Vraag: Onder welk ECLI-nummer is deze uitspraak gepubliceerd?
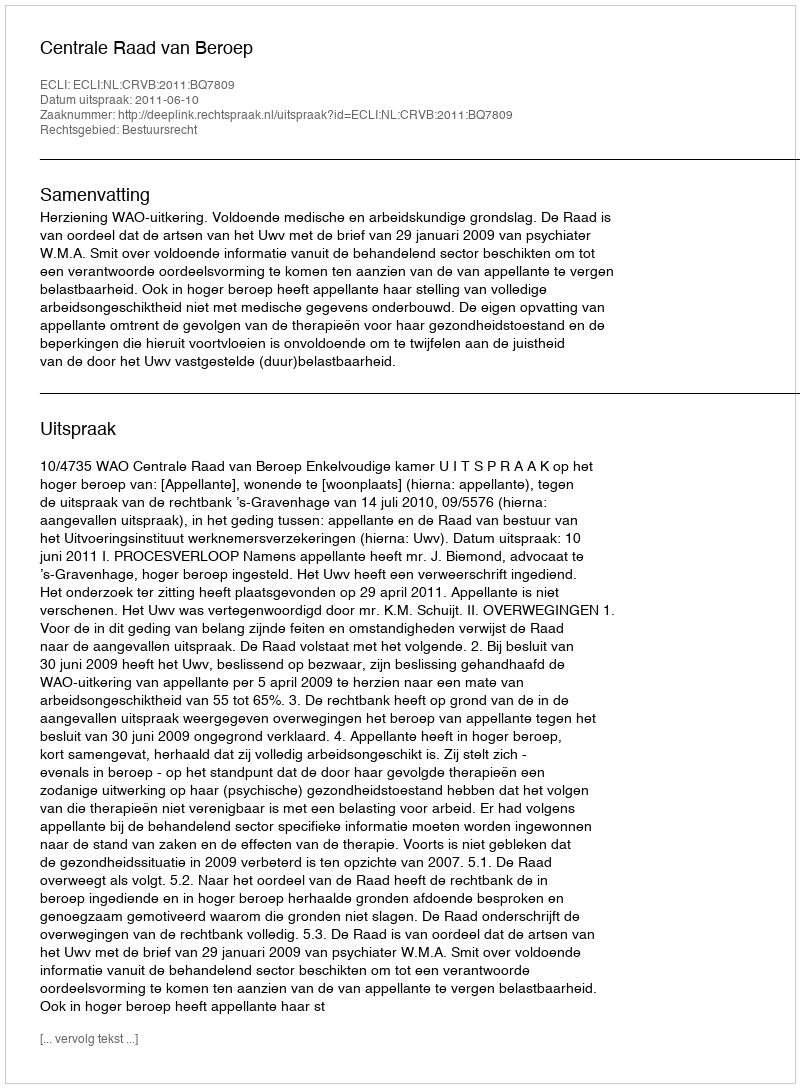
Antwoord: ECLI:NL:CRVB:2011:BQ7809